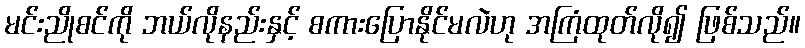
မင်းညိုစင်ကို ဘယ်လိုနည်းနှင့် စကားပြောနိုင်မလဲဟု အကြံထုတ်လို၍ ဖြစ်သည်။